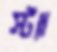
স্ট্যা